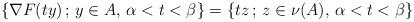
LaTeX: \begin{align*} \{ \nabla F(t y) \, ; \, y \in A, \, \alpha < t < \beta \} = \left \{ t z \, ; \, z \in \nu(A), \, \alpha < t < \beta \right \} \end{align*}